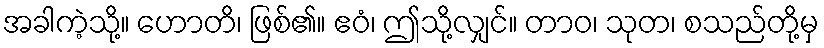
အခါကဲ့သို့။ ဟောတိ၊ ဖြစ်၏။ ဧဝံ၊ ဤသို့လျှင်။ တာဝ၊ သုတ၊ စသည်တို့မှ